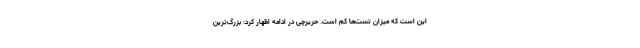
این است که میزان تست‌ها کم است. حریرچی در ادامه اظهار کرد: بزرگ‌ترین